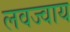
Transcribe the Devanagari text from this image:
लवज्वाय